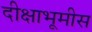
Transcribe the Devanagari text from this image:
दीक्षाभूमीस